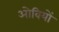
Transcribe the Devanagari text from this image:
ओवियों